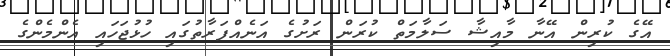
އޭގެ ކުރިން އޭނާ މާއިޝާ ސަލާމަތް ކުރަން ރަށުގެ އަނެއްފަރާތުގައި ހުޅުޖަހައި އެންމެންގެ